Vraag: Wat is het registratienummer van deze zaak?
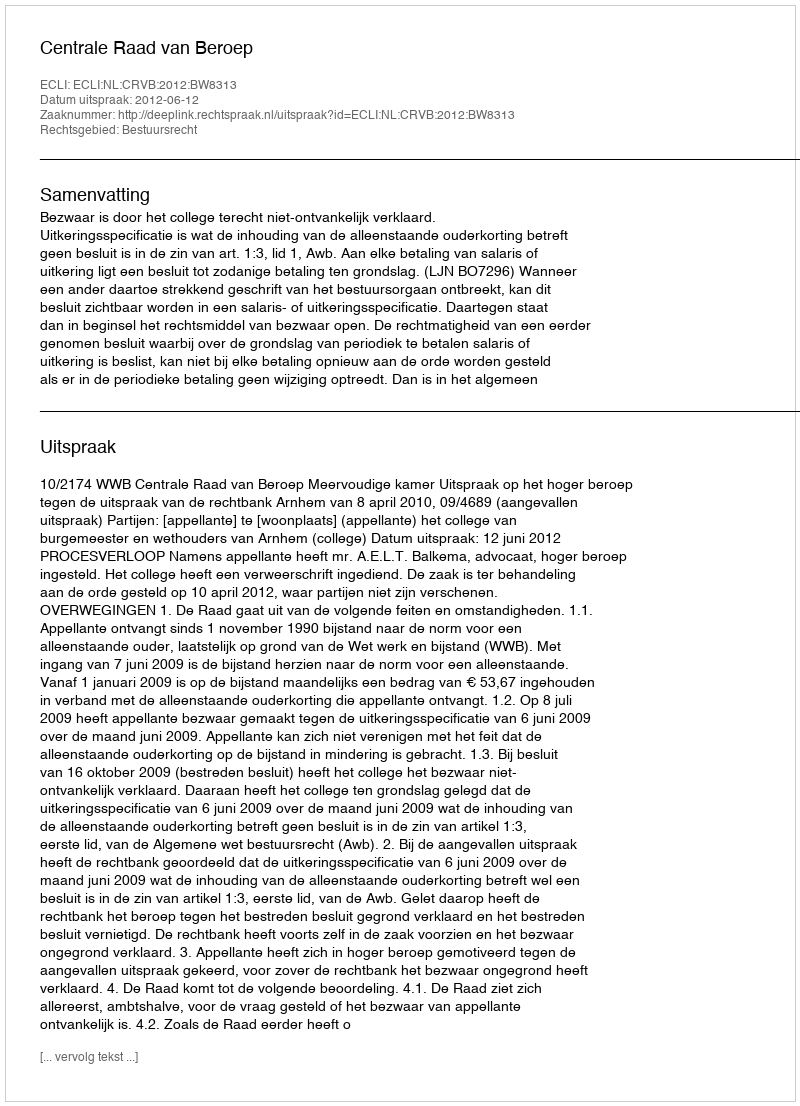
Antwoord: http://deeplink.rechtspraak.nl/uitspraak?id=ECLI:NL:CRVB:2012:BW8313